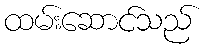
ထမ်းဆောင်သည်